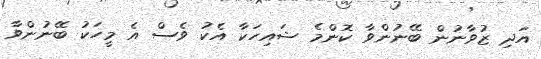
އަދި ޒުވާނުން ބޭނުންވާ ކޮންމެ ޝައިހަކާ އެކު ވެސް އެ މީހަކު ބޭނުންވާ